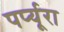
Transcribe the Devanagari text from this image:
पर्प्यूरा